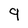
Character: 9